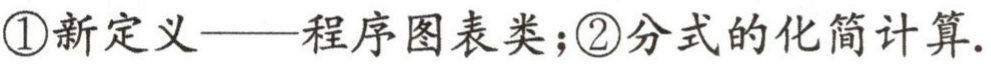
\textcircled{1}新定义——程序图表类；\textcircled{2}分式的化简计算.